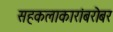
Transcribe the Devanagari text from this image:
सहकलाकारांबरोबर